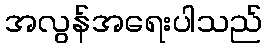
အလွန်အရေးပါသည်